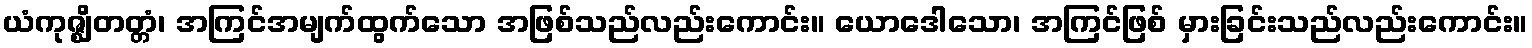
ယံကုဇ္ဈိတတ္တံ၊ အကြင်အမျက်ထွက်သော အဖြစ်သည်လည်းကောင်း။ ယောဒေါသော၊ အကြင်ဖြစ် မှားခြင်းသည်လည်းကောင်း။